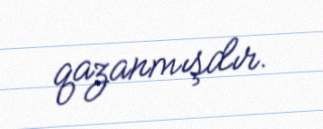
qazanmışdır.